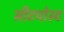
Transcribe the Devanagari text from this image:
सीटपोस्ट